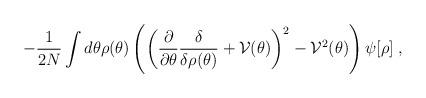
LaTeX: \begin{align*}-\frac{1}{2N}\int d\theta\rho(\theta)\left(\left(\frac{\partial}{\partial\theta}\frac{\delta}{\delta\rho(\theta)}+{\cal V}(\theta)\right)^2 -{\cal V}^2(\theta)\right)\psi[\rho] \; ,\end{align*}